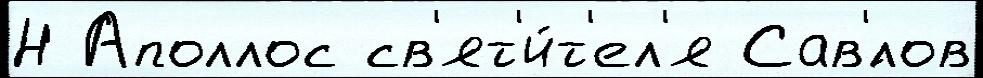
Н Аполлос св'ят'и́т'ел'я Сав'́лов